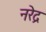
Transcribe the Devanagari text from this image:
नरेद्र